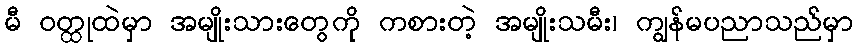
မီ ဝတ္ထုထဲမှာ အမျိုးသားတွေကို ကစားတဲ့ အမျိုးသမီး၊ ကျွန်မပညာသည်မှာ